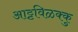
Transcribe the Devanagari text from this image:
आट्टविळक्कु